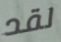
لقد